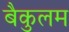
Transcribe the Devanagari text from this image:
बैकुलम